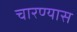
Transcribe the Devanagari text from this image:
चारण्यास